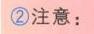
\textcircled{2}注意：